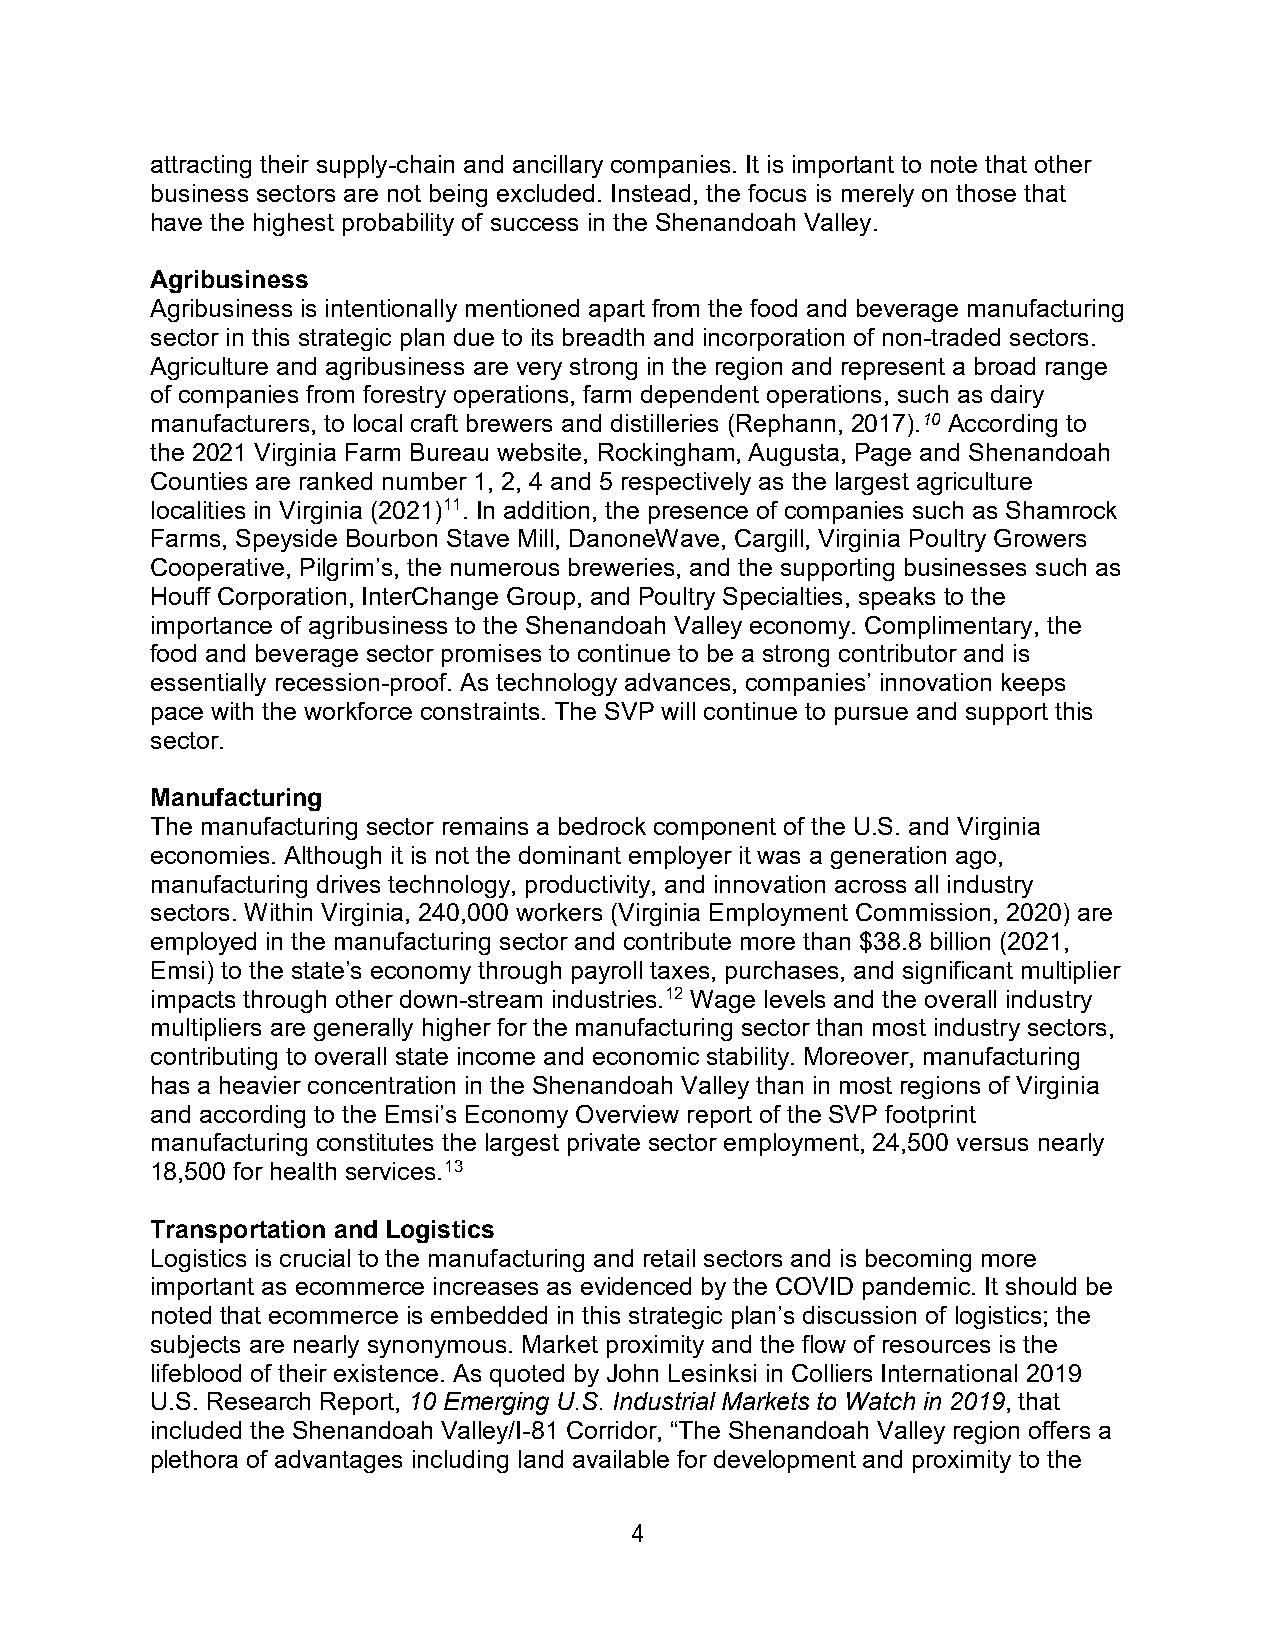
attracting their supply-chain and ancillary companies. It is important to note that other
 business sectors are not being excluded. Instead, the focus is merely on those that
 have the highest probability of success in the Shenandoah Valley.
 Agribusiness
 Agribusiness is intentionally mentioned apart from the food and beverage manufacturing
 sector in this strategic plan due to its breadth and incorporation of non-traded sectors.
 Agriculture and agribusiness are very strong in the region and represent a broad range
 of companies from forestry operations, farm dependent operations, such as dairy
 manufacturers, to local craft brewers and distilleries (Rephann, 2017).10 According to
 the 2021 Virginia Farm Bureau website, Rockingham, Augusta, Page and Shenandoah
 Counties are ranked number 1, 2, 4 and 5 respectively as the largest agriculture
 localities in Virginia (2021)11. In addition, the presence of companies such as Shamrock
 Farms, Speyside Bourbon Stave Mill, DanoneWave, Cargill, Virginia Poultry Growers
 Cooperative, Pilgrim’s, the numerous breweries, and the supporting businesses such as
 Houff Corporation, InterChange Group, and Poultry Specialties, speaks to the
 importance of agribusiness to the Shenandoah Valley economy. Complimentary, the
 food and beverage sector promises to continue to be a strong contributor and is
 essentially recession-proof. As technology advances, companies’ innovation keeps
 pace with the workforce constraints. The SVP will continue to pursue and support this
 sector.
 Manufacturing
 The manufacturing sector remains a bedrock component of the U.S. and Virginia
 economies. Although it is not the dominant employer it was a generation ago,
 manufacturing drives technology, productivity, and innovation across all industry
 sectors. Within Virginia, 240,000 workers (Virginia Employment Commission, 2020) are
 employed in the manufacturing sector and contribute more than $38.8 billion (2021,
 Emsi) to the state’s economy through payroll taxes, purchases, and significant multiplier
 impacts through other down-stream industries.12 Wage levels and the overall industry
 multipliers are generally higher for the manufacturing sector than most industry sectors,
 contributing to overall state income and economic stability. Moreover, manufacturing
 has a heavier concentration in the Shenandoah Valley than in most regions of Virginia
 and according to the Emsi’s Economy Overview report of the SVP footprint
 manufacturing constitutes the largest private sector employment, 24,500 versus nearly
 18,500 for health services.13
 Transportation and Logistics
 Logistics is crucial to the manufacturing and retail sectors and is becoming more
 important as ecommerce increases as evidenced by the COVID pandemic. It should be
 noted that ecommerce is embedded in this strategic plan’s discussion of logistics; the
 subjects are nearly synonymous. Market proximity and the flow of resources is the
 lifeblood of their existence. As quoted by John Lesinksi in Colliers International 2019
 U.S. Research Report, 10 Emerging U.S. Industrial Markets to Watch in 2019, that
 included the Shenandoah Valley/I-81 Corridor, “The Shenandoah Valley region offers a
 plethora of advantages including land available for development and proximity to the
 4